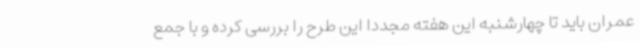
عمران باید تا چهارشنبه این هفته مجددا این طرح را بررسی کرده و با جمع